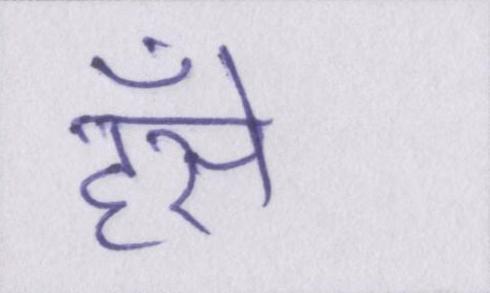
हँसे